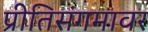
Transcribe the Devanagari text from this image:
प्रीतिसंगमावर